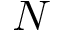
N